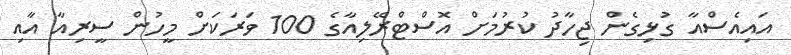
އައިއެސްއާ ގުޅިގެން ޖިހާދު ކުރުމަށް އޮސްޓްރޭލިއާގެ 100 ވަރަކަށް މީހުން ސީރިއާ އާއި